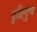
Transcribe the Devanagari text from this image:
दृष्टिगुण